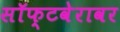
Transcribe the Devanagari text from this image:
सॉफ्टवेरावर